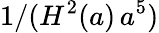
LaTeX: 1/(H^{2}(a)\, a^{5})